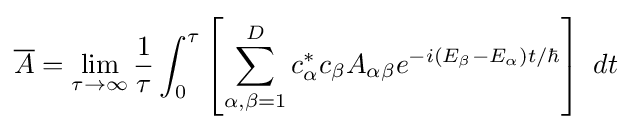
{\overline {A}}=\lim _{\tau \to \infty }{\frac {1}{\tau }}\int _{0}^{\tau }\left[\sum _{\alpha ,\beta =1}^{D}c_{\alpha }^{*}c_{\beta }A_{\alpha \beta }e^{-i\left(E_{\beta }-E_{\alpha }\right)t/\hbar }\right]~dt